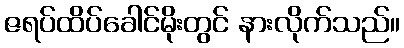
ဇရပ်ထိပ်ခေါင်မိုးတွင် နားလိုက်သည်။